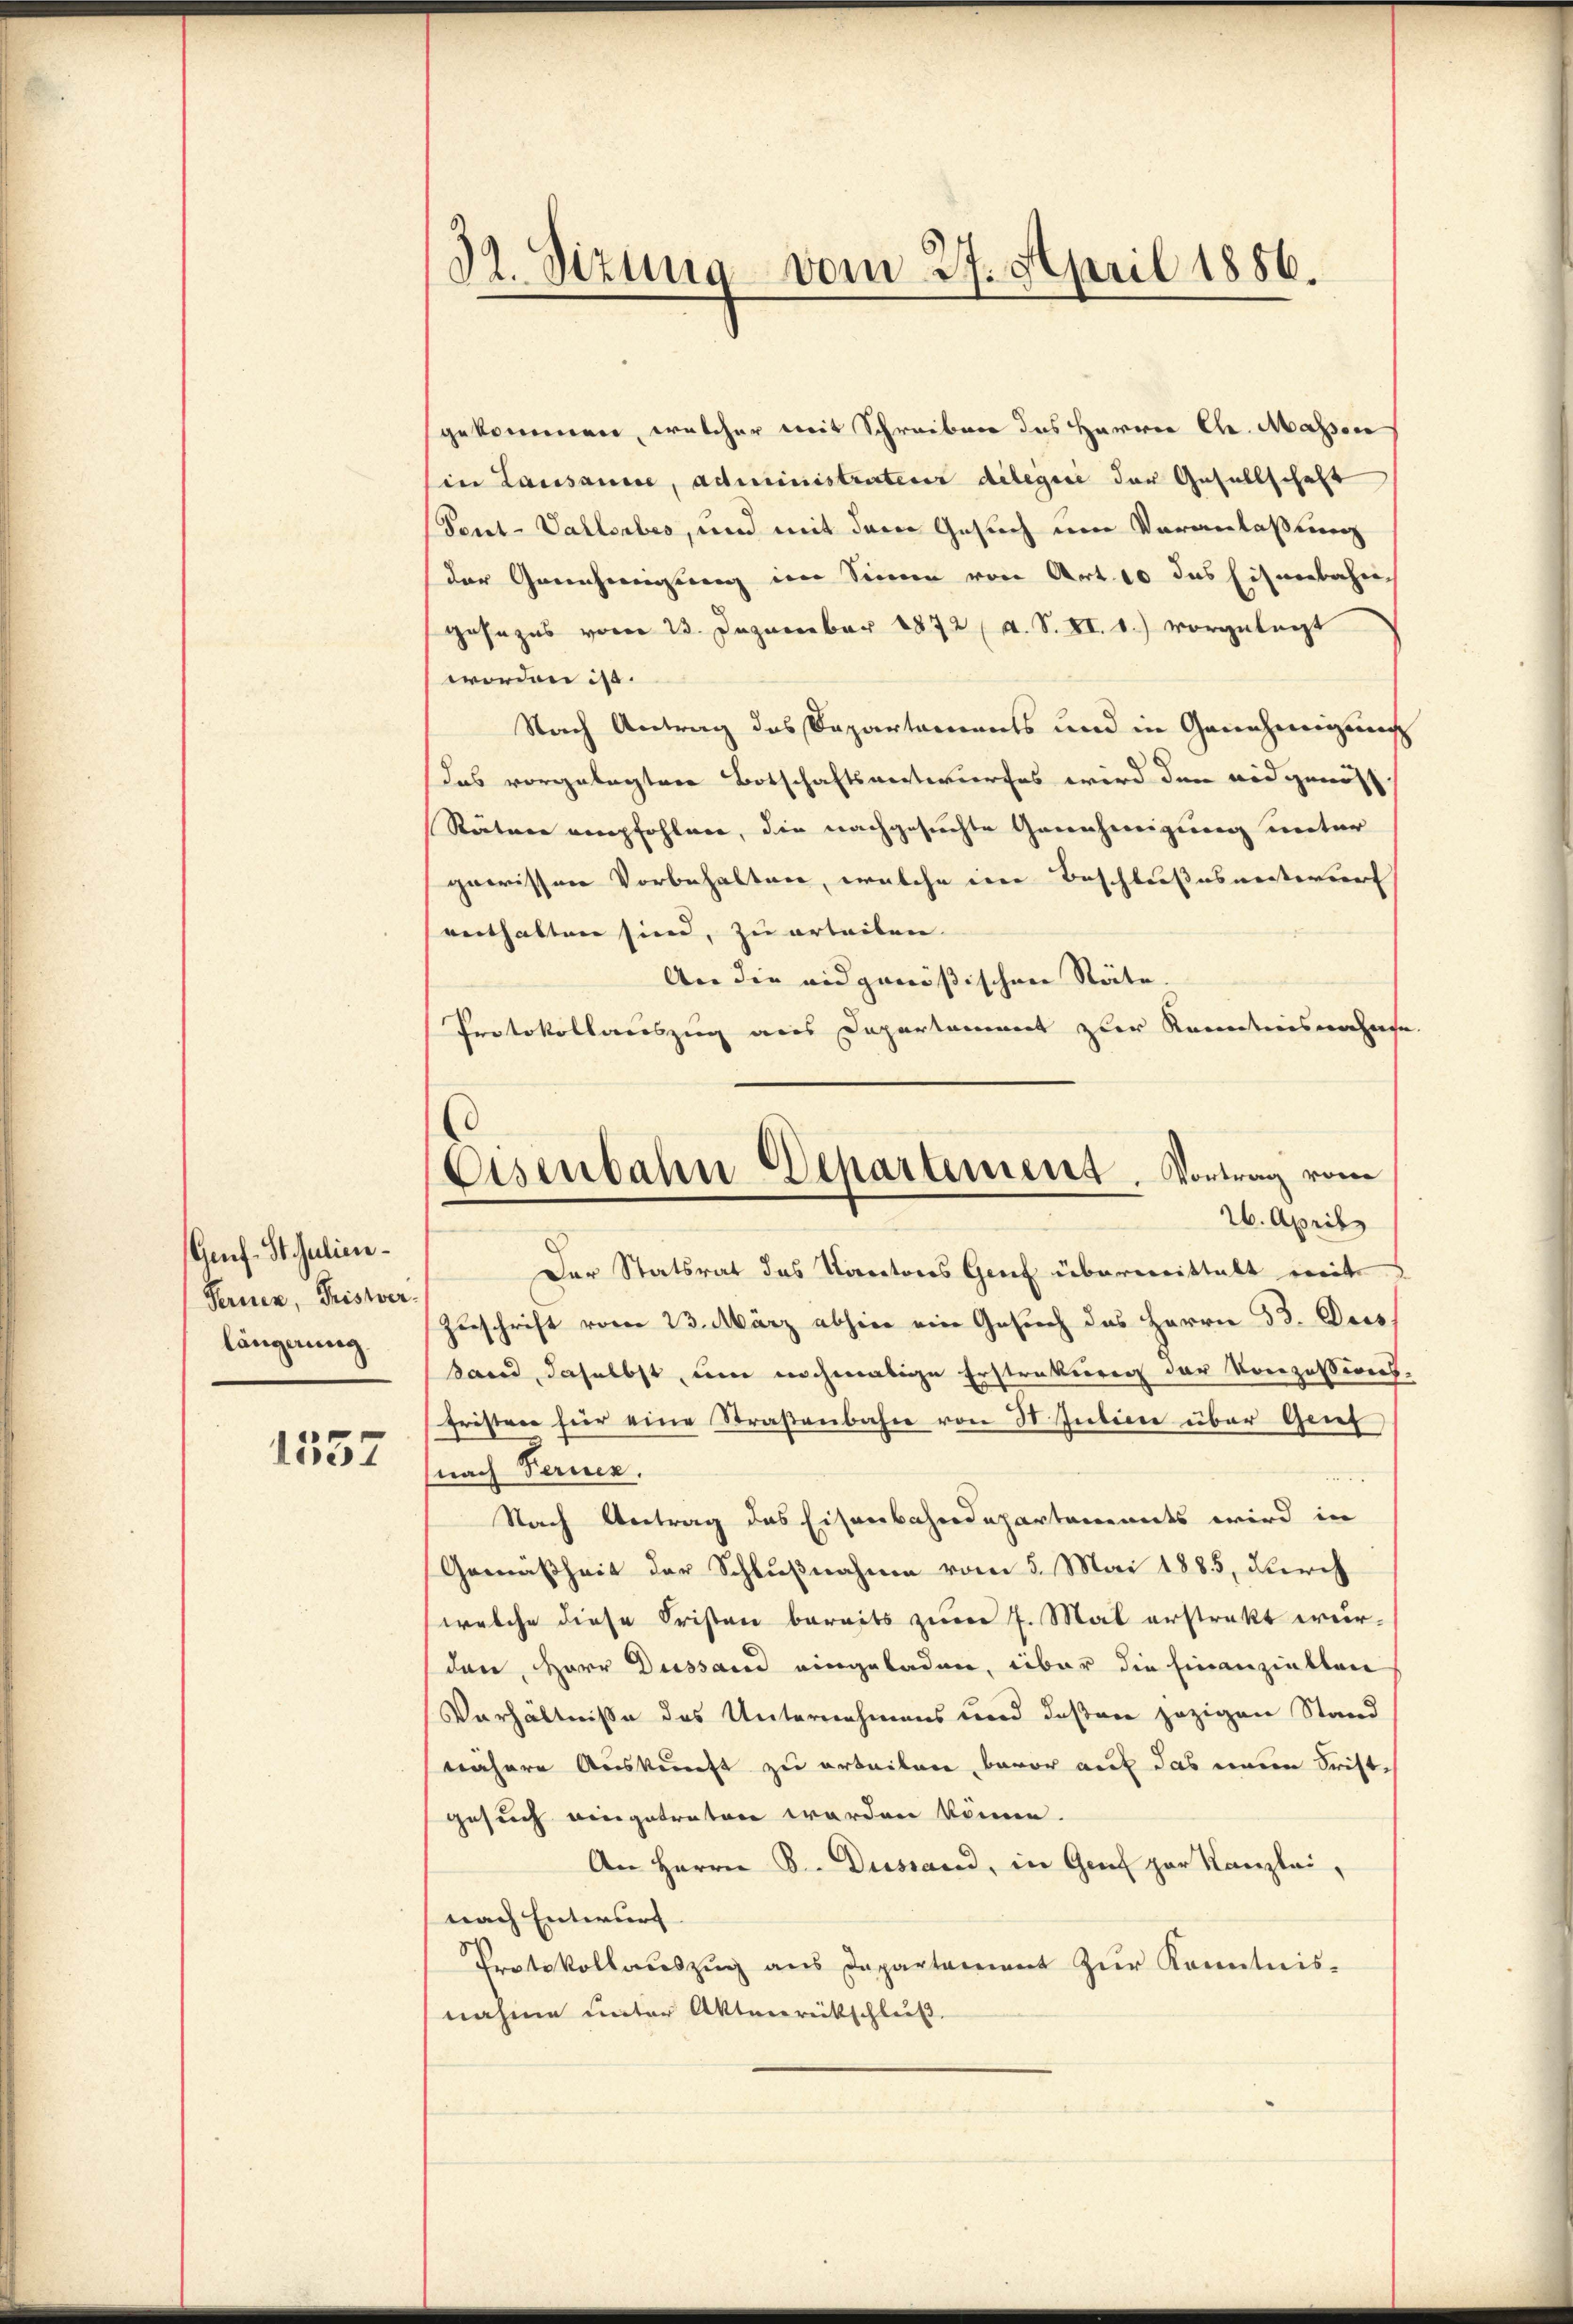
Genf. St. Julien-
Ferner, Frister.
längerung.

1557

32. Sizung vom 27. April 1886.

gekommen, welcher mit Schreiben das Harrer Chr. Massen
in Lausanne, administrateur dilegii der Gesellschaft
Peut-Vallsaubes, und mit dem Gesuch um Veranlaßung
der Genehmigung im Sinne von Art. 10 das Eisenbahre
gesezes vom 23. Dezember 1872 (s. S. XI. b.) vorgelegt
worden ist.
Nach Antrag des Departements und in Genehmigung
das vorgelegten Botschaftsentwurfes wird den eidgenöß
Rätere empfohlen, die nachgesuchte Genehmigung unter
gewissen Vorbehalten, welche in Beschlußesentwurf
enthalten sind, zu erteilen.
An die eidgenößischen Räte.
Protokollauszug aus Departament zur Kenntnisnahmse
Der Statsrat das Kantons Genf übermittalt mit
Zuschrift vom 23. März abhin ein Gesuch das Herrn B. Dies
Sand, daselbst, um nochmalige Erstraturen der Konzessions.
Fristen hier eine Straßenbahn von 30 Jubien über Grief
(nach Fernen.
Nach Vertrag des Eisenbahndepartements wird in
Gemäßheit der Schlußnahme vom 5. Mai 1885, durch
welche diese Fristen bereits zum 7. Mal erstrakt wurden, Herr Dissard eingeladen, über die hinanziellen
Verhältnisse des Unternehmens und deßene jezigen Stand
nähere Auskunft zu erteilen baror auf das neue Frist¬
Gesuch eingetreten werden könne.
An Herrn C. Dustand, in Genf zur Kanzlei,
nach Entwurf
Protokollaŭszŭg ans Departement zŭr Kenntnis-
nahme unter Aktenrückschluß

Eisenbahn-Departement. Vortrag vom
26. April